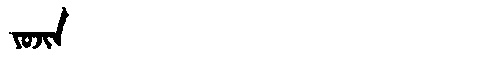
Manchu: ᠶᠣᠵᡳᠨ
Romanization: YOJIN